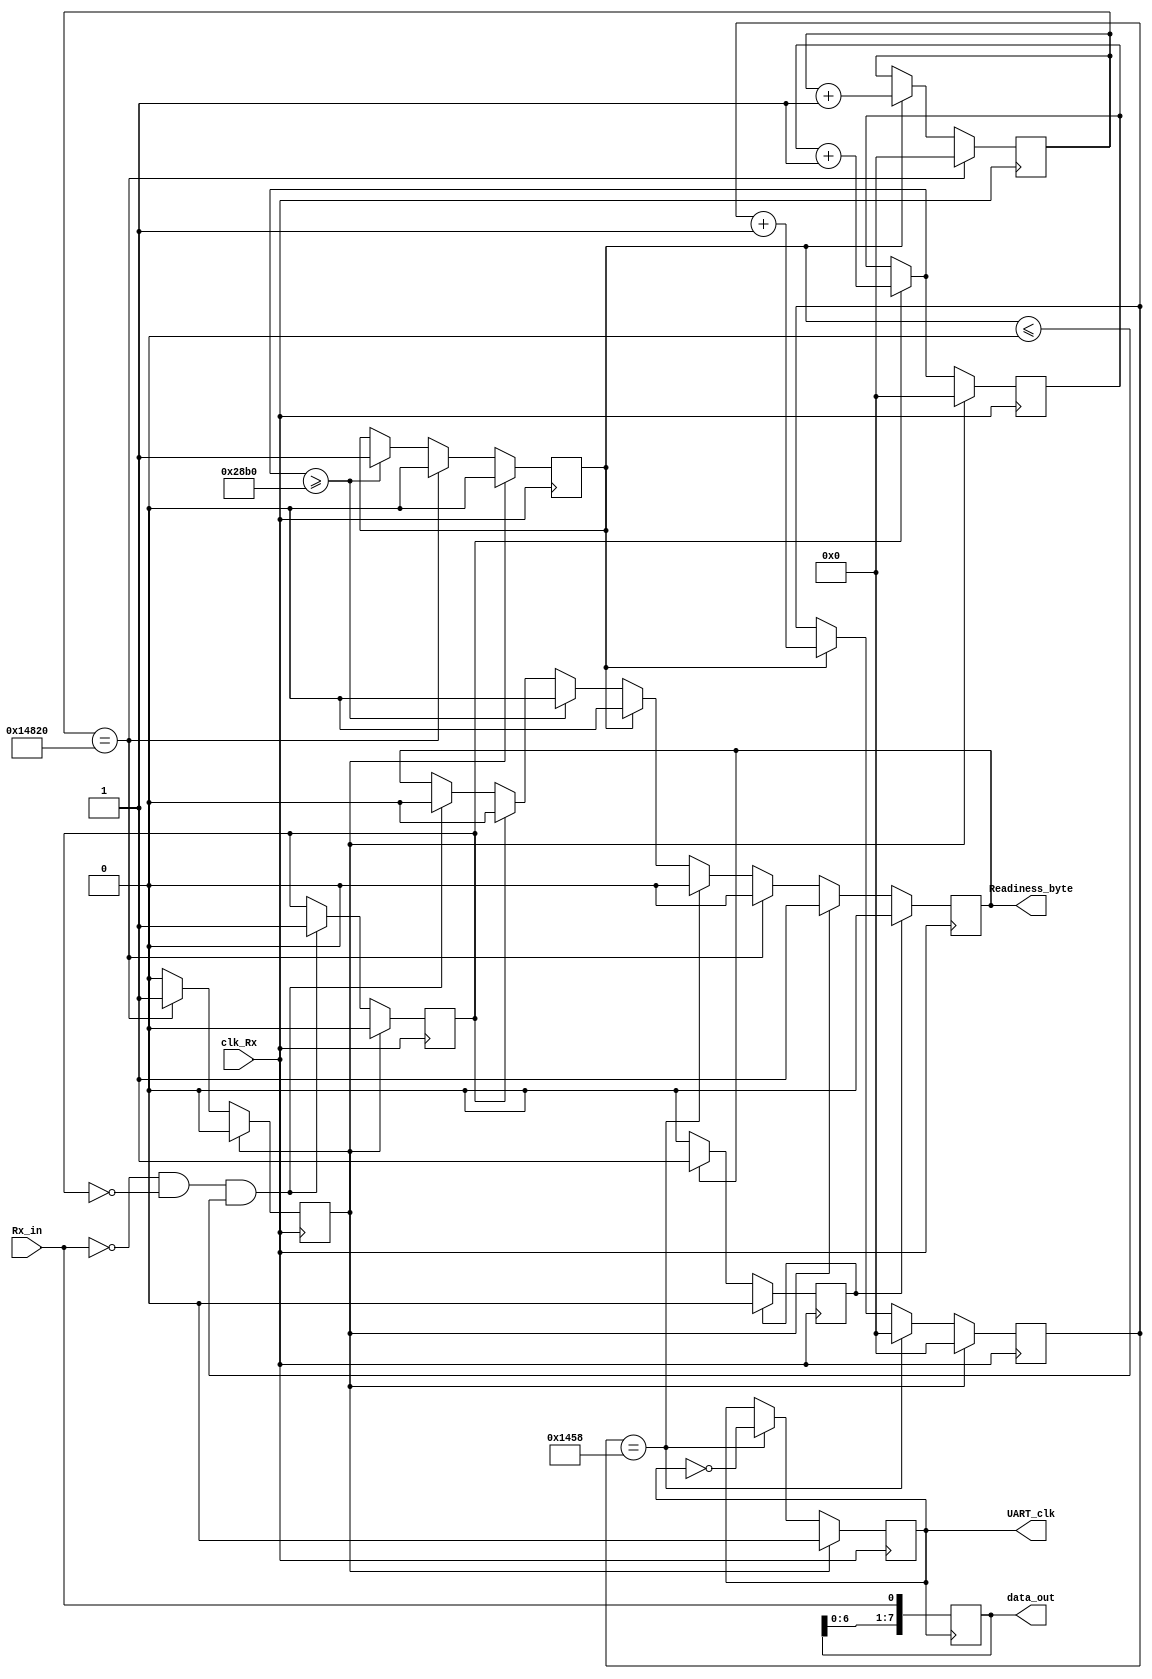
///////////////////////////////////////////////////////////
// Name File : UART_Rx.v 											//
// Autor : Dyomkin Pavel Mikhailovich 							//
// Company : GSC RF TRINITI										//
// Description : UART Rx module								  	//
// Start design : 20.10.2020 										//
// Last revision : 22.10.2021 									//
///////////////////////////////////////////////////////////
module UART_Rx (input clk_Rx, Rx_in, 
					 output reg [7:0] data_out, 
					 output reg UART_clk,													// For generation and checking UART_clk
					 output reg Readiness_byte												// Readiness byte 
					 );

					 
parameter Fclk = 100 * 1000000;			
parameter Fuart = 9600;																		// Freq of UART					 	
parameter divider	= (Fclk / ((Fuart * 2) - 1)); 		
parameter condition_end_of_time_byte_receive = (divider * 16);					// WHY I CAN`T TO DO IT????

initial Readiness_byte <= 1'b0;
					 
initial data_out <= 8'b00000000;
initial UART_clk <= 1'b0;	
										
reg [24:0]	cnt;
initial cnt <= 1'b0;	
reg [24:0] cnt_st;
initial cnt_st <= 1'b0;
reg [24:0] cnt_res;
initial cnt_res <= 1'b0;

reg reset;
initial reset <= 1'b0;

reg Rx_enable;
initial Rx_enable <= 1'b0;
reg receive_flg;										
initial receive_flg <= 1'b0;

reg bff;
initial bff <= 1'b0;




always @(posedge clk_Rx) begin
	

	
	
	if (Rx_in == 1'b0 && Rx_enable == 1'b0 && receive_flg <= 1'b0) begin  							//     
		Rx_enable <= 1'b1;																						  	//      
		Readiness_byte <= 1'b0;
 	end
	
	if (Rx_enable == 1'b1) begin																					//       																				
		cnt_st = cnt_st + 1'b1;																						//     
		Readiness_byte <= 1'b0;
	end

	if (cnt_st >= (divider * 2)) begin																			//    
		receive_flg <= 1'b1;																							//    
		Readiness_byte <= 1'b0;
	end
	
	if (receive_flg == 1'b1) begin																				//              
		cnt <= cnt + 1'b1;																							//     
		cnt_res <= cnt_res + 1'b1;																					//     
		Readiness_byte <= 1'b0;
	end
	
	if (cnt == divider) begin																						//     																			
		cnt <= 1'b0;																									//    
		UART_clk <= ~UART_clk;																						//   
		Readiness_byte <= 1'b0;
	end
	
	if (cnt_res == 24'd84000) begin			//divider * 16  												//     
		receive_flg <= 1'b0;
		cnt_res <= 1'b0;																								//    
		reset <= 1'b1;																									//      1
		Readiness_byte <= 1'b0;
	end
	
	if (reset == 1'b1) begin																						//     1
		reset <= 1'b0;																									//   
		Rx_enable <= 1'b0;																							//    
		receive_flg <= 1'b0;																							//     
		cnt <= 1'b0;																									//      
		cnt_st <= 1'b0;																								//      
		UART_clk <= 1'b0;																								//    
		Readiness_byte <= 1'b1;																						//    
	end
	
	if (Readiness_byte == 1'b1) begin
		bff <= 1'b1;		
	end 
	
	if (bff == 1'b1) begin
		bff <= 1'b0;
		Readiness_byte <= 1'b0;
	end
	
		
end	
					

always @(posedge UART_clk) begin				 

			data_out <=  {data_out[7:0], Rx_in};

end


	
endmodule